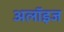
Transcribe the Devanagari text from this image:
अलॉइज